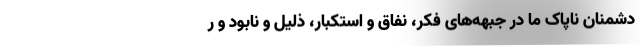
دشمنان ناپاک ما در جبهه‌های فکر، نفاق و استکبار، ذلیل و نابود و ر